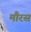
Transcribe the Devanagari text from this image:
मौरस